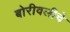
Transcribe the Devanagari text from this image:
बोरीवलीचे